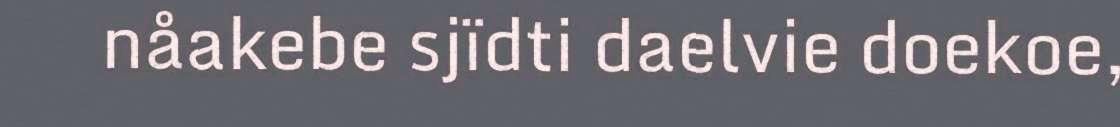
nåakebe sjïdti daelvie doekoe,